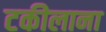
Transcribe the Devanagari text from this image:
टकीलाना